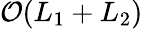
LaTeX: \mathcal{O}(L_{1}+L_{2})